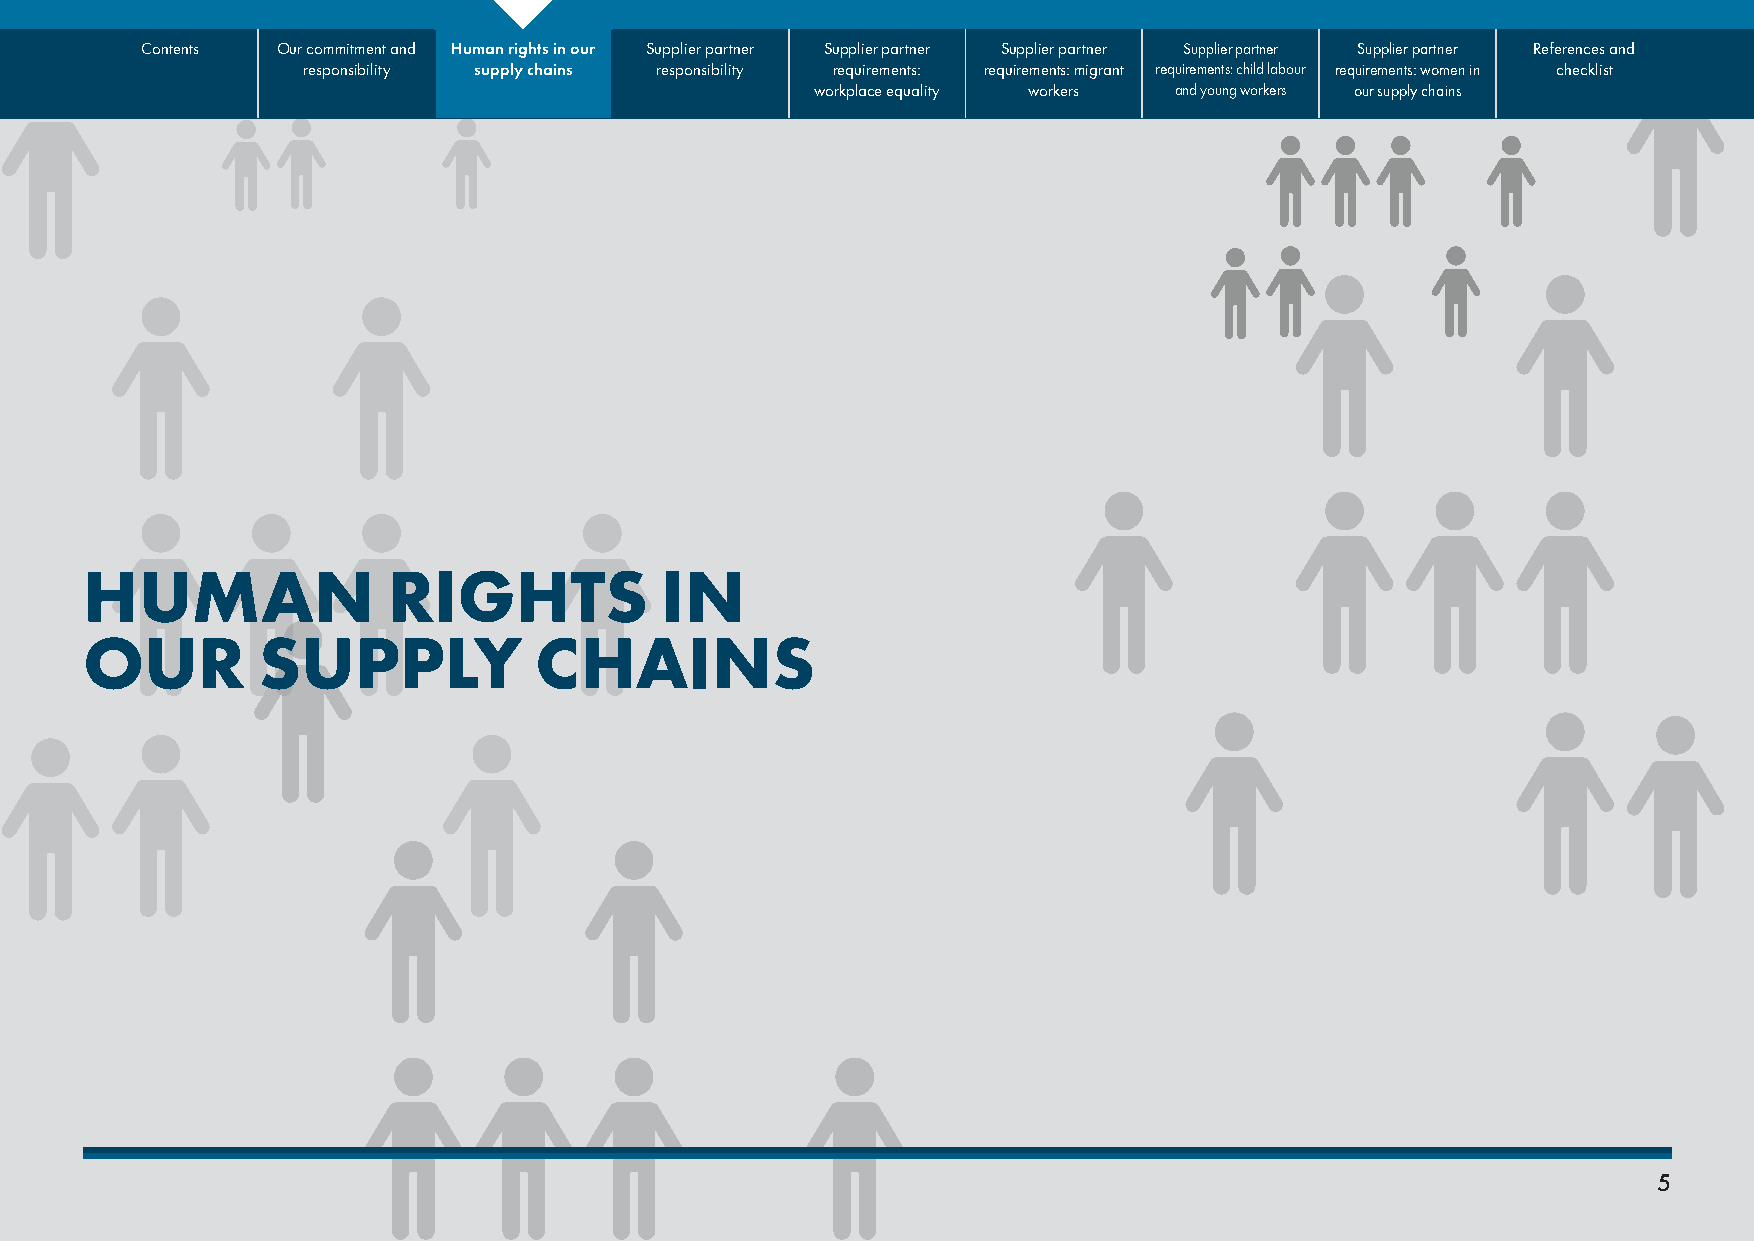
Contents Our commitment and Human rights in our Supplier partner Supplier partner Supplier partner Supplier partner Supplier partner References and
 responsibility supply chains responsibility requirements: requirements: migrant requirements: child labour requirements: women in checklist
 workplace equality workers and young workers our supply chains
 HUMAN                RIGHTS            IN
 OUR         SUPPLY            CHAINS
 5